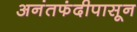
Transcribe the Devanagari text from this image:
अनंतफंदीपासून